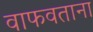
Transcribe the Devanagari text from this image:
वाफवताना